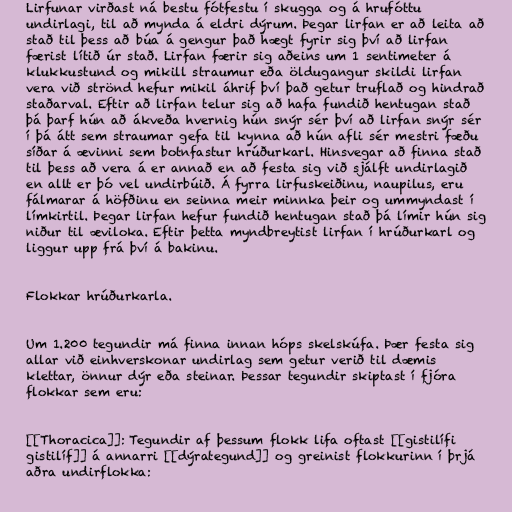
Lirfunar virðast ná bestu fótfestu í skugga og á hrufóttu
undirlagi, til að mynda á eldri dýrum. Þegar lirfan er að leita að
stað til þess að búa á gengur það hægt fyrir sig því að lirfan
færist lítið úr stað. Lirfan færir sig aðeins um 1 sentimeter á
klukkustund og mikill straumur eða öldugangur skildi lirfan
vera við strönd hefur mikil áhrif því það getur truflað og hindrað
staðarval. Eftir að lirfan telur sig að hafa fundið hentugan stað
þá þarf hún að ákveða hvernig hún snýr sér því að lirfan snýr sér
í þá átt sem straumar gefa til kynna að hún afli sér mestri fæðu
síðar á ævinni sem botnfastur hrúðurkarl. Hinsvegar að finna stað
til þess að vera á er annað en að festa sig við sjálft undirlagið
en allt er þó vel undirbúið. Á fyrra lirfuskeiðinu, naupilus, eru
fálmarar á höfðinu en seinna meir minnka þeir og ummyndast í
límkirtil. Þegar lirfan hefur fundið hentugan stað þá límir hún sig
niður til æviloka. Eftir þetta myndbreytist lirfan í hrúðurkarl og
liggur upp frá því á bakinu.

Flokkar hrúðurkarla.

Um 1.200 tegundir má finna innan hóps skelskúfa. Þær festa sig
allar við einhverskonar undirlag sem getur verið til dæmis
klettar, önnur dýr eða steinar. Þessar tegundir skiptast í fjóra
flokkar sem eru:

[[Thoracica]]: Tegundir af þessum flokk lifa oftast [[gistilífi
gistilíf]] á annarri [[dýrategund]] og greinist flokkurinn í þrjá
aðra undirflokka: